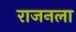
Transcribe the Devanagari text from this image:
राजनला